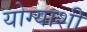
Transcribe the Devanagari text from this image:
योग्याशी